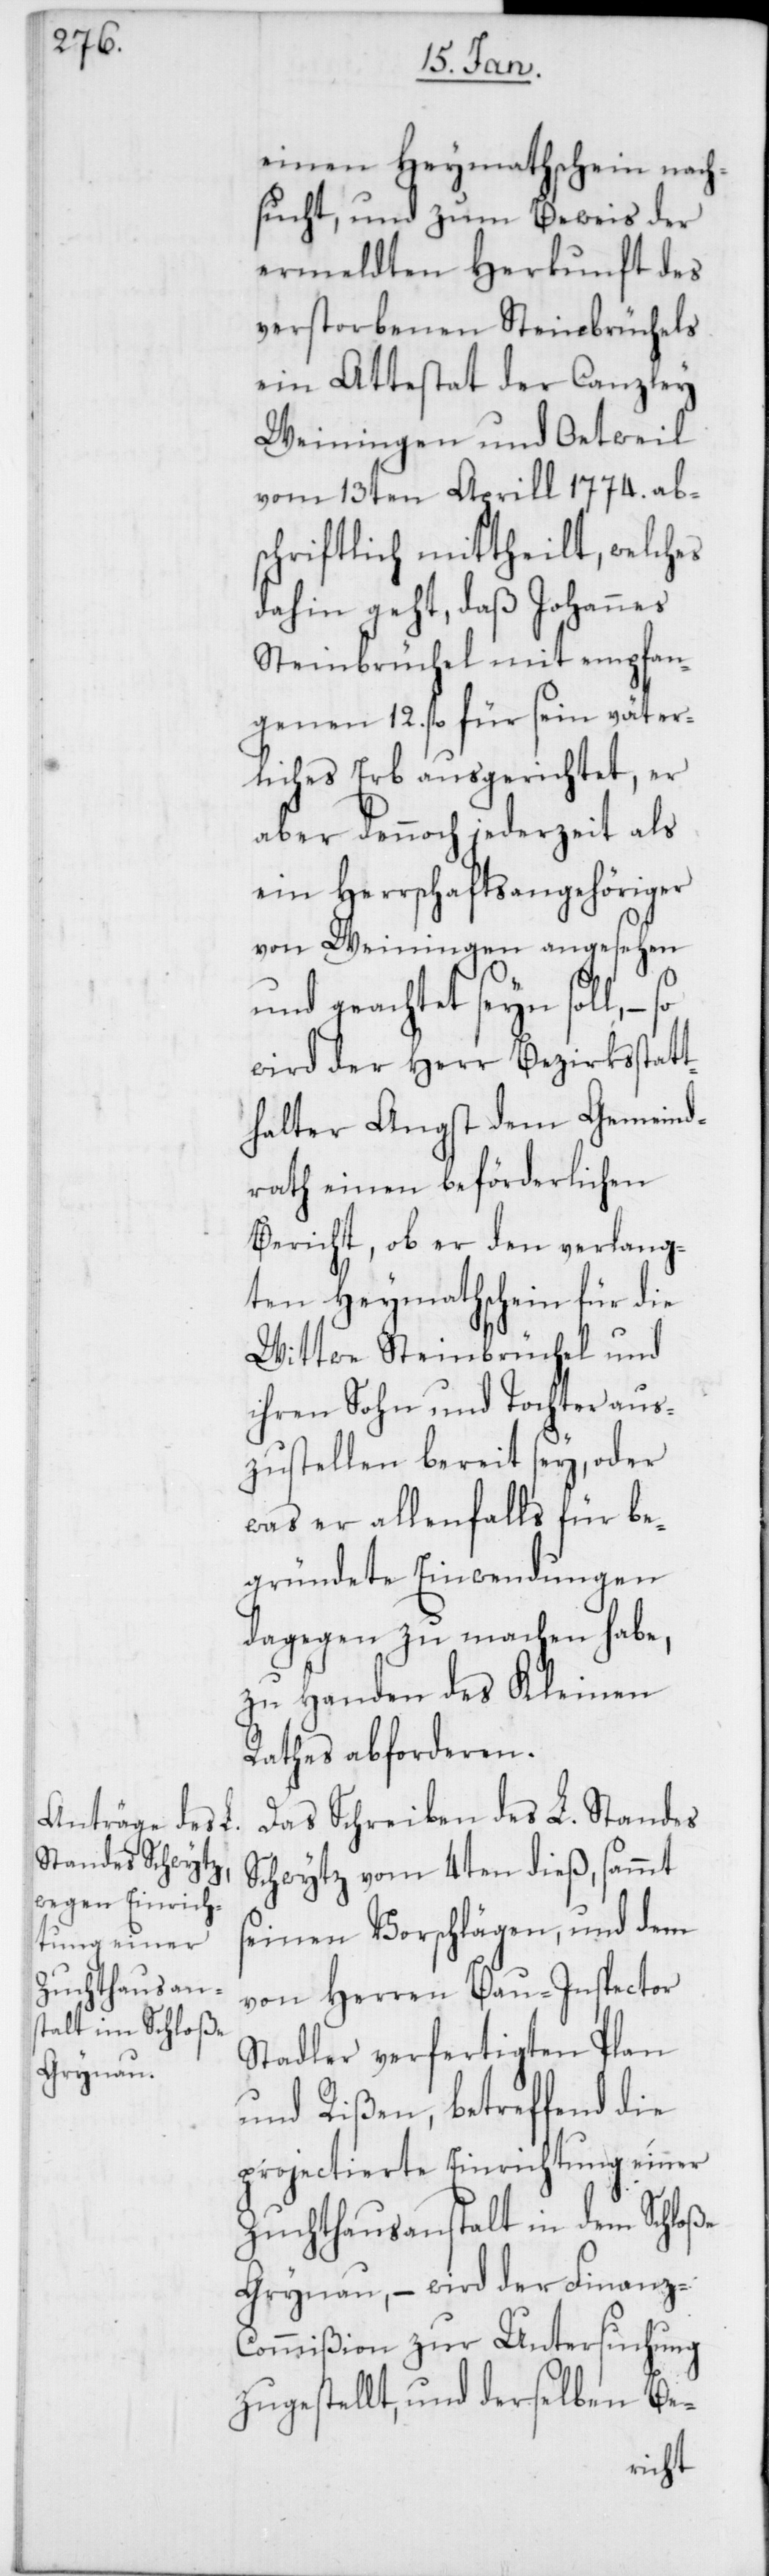
einen Heymathschein nach¬
sucht, und zum Beweis der
ermeldten Herkunft des
verstorbenen Steinbrüchels,
ein Attestat der Canzley
Weiningen und Oetweil
vom 13ten Aprill 1774. ab¬
schriftlich mittheilt, welches
dahin geht, daß Johannes
Steinbrüchel mit empfan¬
genen 12. fl für sein väter¬
liches Erb ausgerichtet, er
aber dennoch jederzeit als
ein Herrschaftsangehöriger
von Weiningen angesehen
und geachtet seyn soll, –
wird der Herr Bezirksstatt¬
halter Angst dem Gemeind¬
rath einen beförderlichen
Bericht, ob er den verlang¬
ten Heymathschein für die
Wittwe Steinbrüchel und
ihren Sohn und Tochter aus¬
zustellen bereit sey, oder
was er allenfalls für be¬
gründete Einwendungen
dagegen zu machen habe,
zu Handen des Kleinen
Rathes abzuforderen.
Das Schreiben des L. Standes
Schwytz vom 4ten dieß, sammt
seinen Vorschlägen, und dem
von Herren Bau-Inspector
Stadler verfertigten Plan
und Rißen, betreffend die
projectierte Einrichtung einer
Zuchthausanstalt in dem Schloße
Grynau, – wird der Finanz-C¬
ommißion zur Untersuchung
zugestellt, und derselben Be-